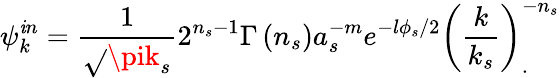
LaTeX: \psi_{k}^{\mathit{i}n}=\frac{{1}}{{\sqrt{}{{\pik_{s}}}}}2^{n_{s}-1}\Gamma\left(n_{s}\right)a_{s}^{-m}e^{-l\phi_{s}/2}\left(\frac{k}{{k_{s}}}\right)_{.}^{-n_{s}}